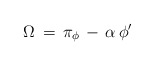
\begin{align*}\Omega\,=\,\pi_{\phi}\,-\,\alpha\,\phi^{\prime}\end{align*}